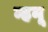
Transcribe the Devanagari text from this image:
म्हनू